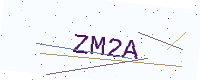
Text: ZM2A